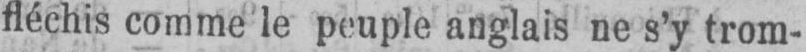
fléchis comme le peuple anglais ne s’y trom-